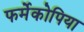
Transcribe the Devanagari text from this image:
फर्मेकोपिया